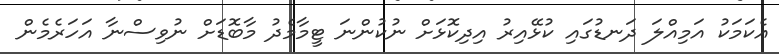
އެކަމަކު އަމިއްލަ ދަނޑުގައި ކުޅޭއިރު އިދިކޮޅަށް ނުކުންނަ ޓީމާމެދު މާބޮޑަށް ނުވިސްނާ އަހަރެމެން